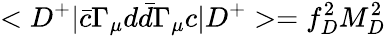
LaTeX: <D^{+}\vert\bar{c}\Gamma_{\mu}d\bar{d}\Gamma_{\mu}c\vert D^{+}>=f_{D}^{2}M_{D}^{2}